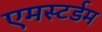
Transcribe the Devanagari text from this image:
एमस्टर्डम